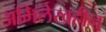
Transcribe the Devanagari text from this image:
अभिलेखहीन